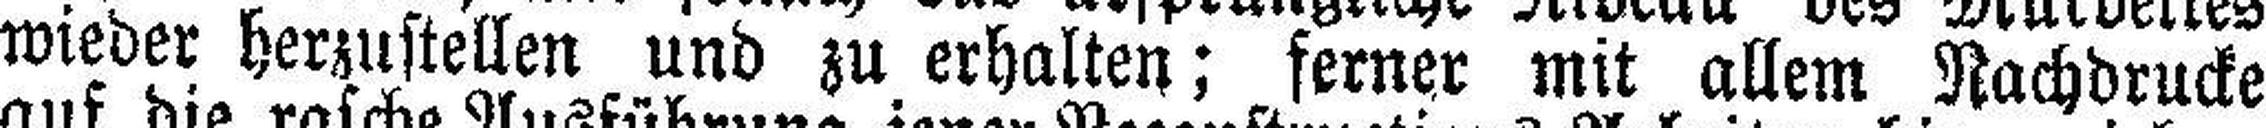
wieder herzustellen und zu erhalten; ferner mit allem Nachdrucke